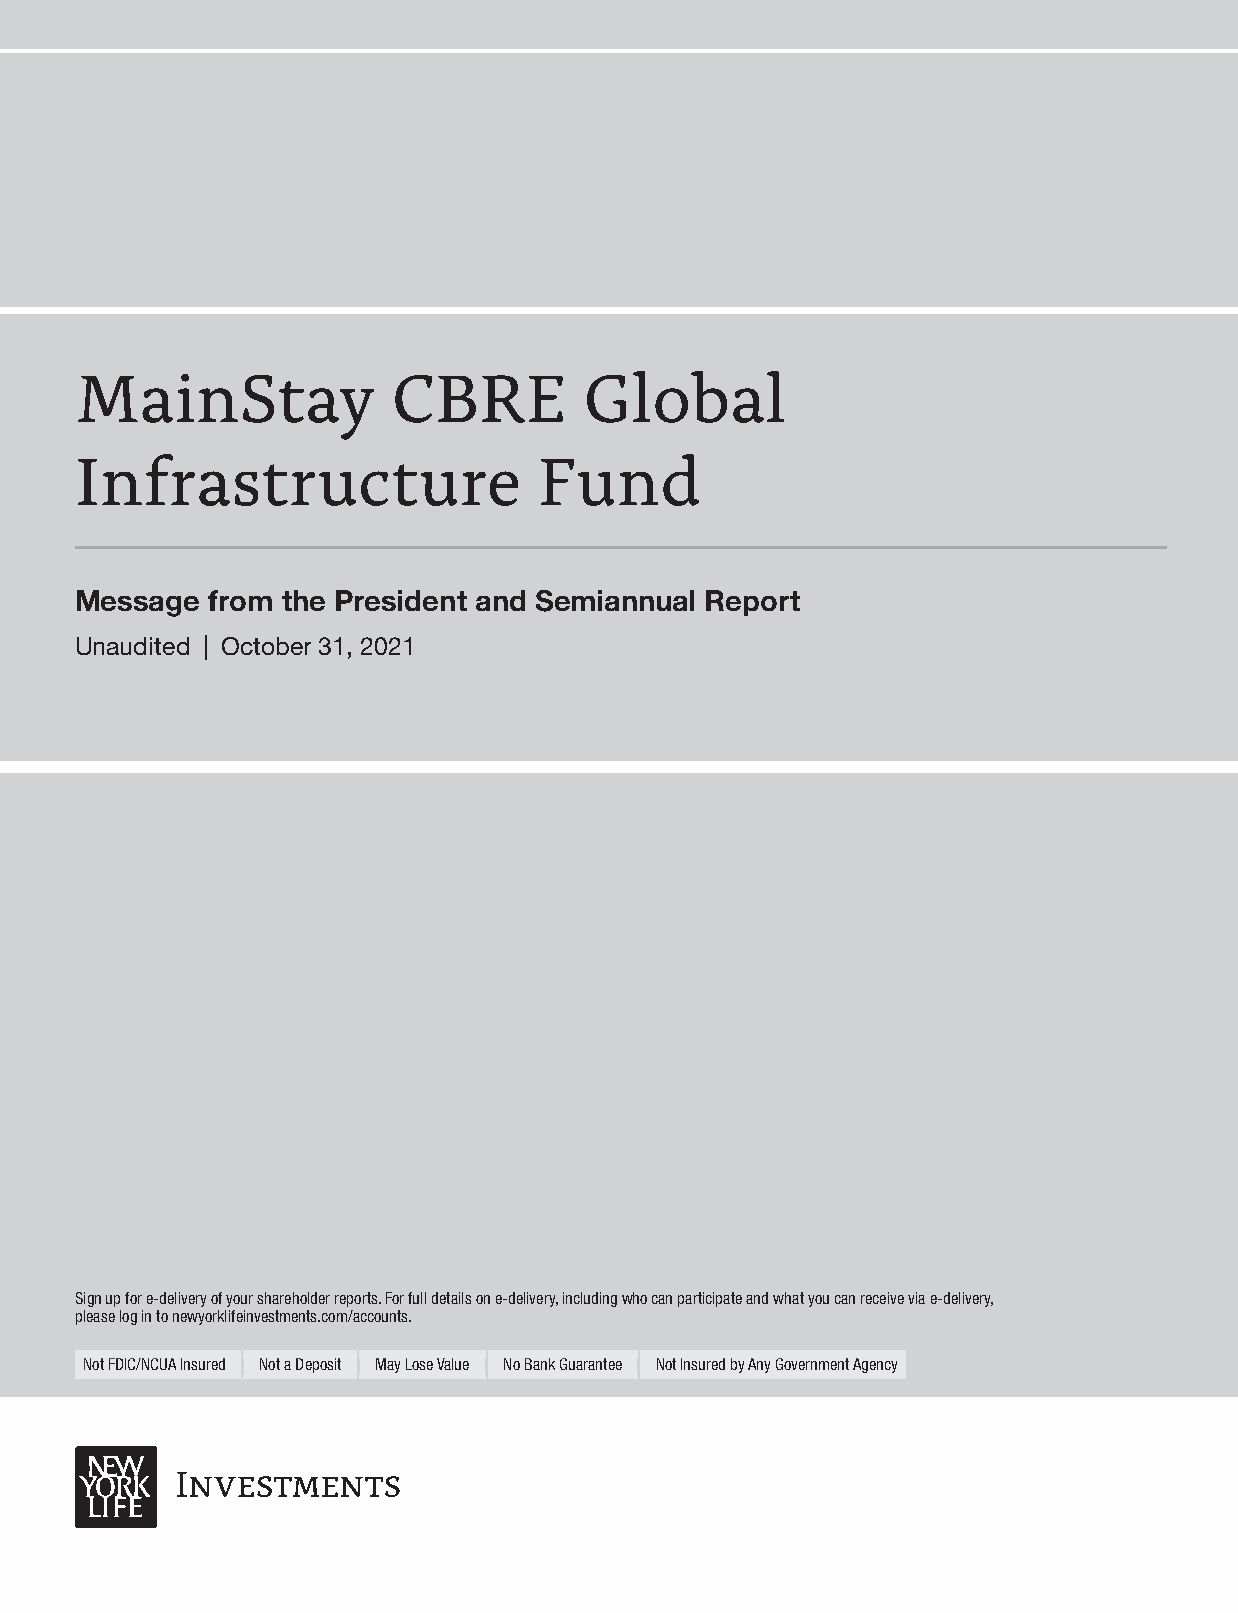
MainStay             CBRE         Global
 Infrastructure                 Fund
 Message  from the President and Semiannual Report
 Unaudited | October 31, 2021
 Signupfore-deliveryofyourshareholderreports.Forfulldetailsone-delivery,includingwhocanparticipateandwhatyoucanreceiveviae-delivery,
 pleaselogintonewyorklifeinvestments.com/accounts.
 NotFDIC/NCUAInsured NotaDeposit MayLoseValue NoBankGuarantee NotInsuredbyAnyGovernmentAgency